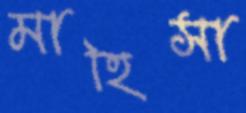
মাহিসা